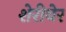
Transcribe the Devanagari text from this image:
शेरीबेर